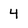
Character: 4